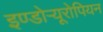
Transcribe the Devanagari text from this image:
इण्डोऱ्यूरोपियन